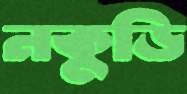
নকুড়ি